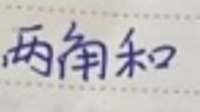
两角和